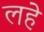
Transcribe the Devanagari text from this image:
लहे